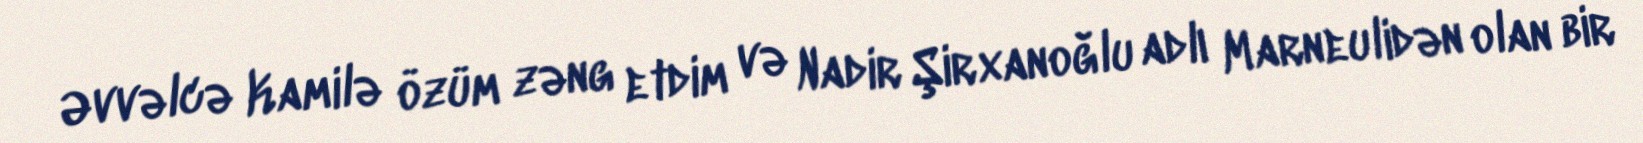
Əvvəlcə Kamilə özüm zəng etdim və Nadir Şirxanoğlu adlı Marneulidən olan bir